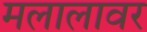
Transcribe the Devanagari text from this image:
मलालावर